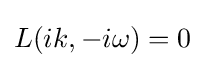
L(ik,-i\omega )=0